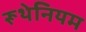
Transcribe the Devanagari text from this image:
रूथेनियम